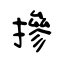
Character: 摻